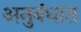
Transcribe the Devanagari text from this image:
अनुबंधात